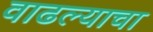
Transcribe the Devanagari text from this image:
वाढल्याचा